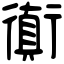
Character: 衠